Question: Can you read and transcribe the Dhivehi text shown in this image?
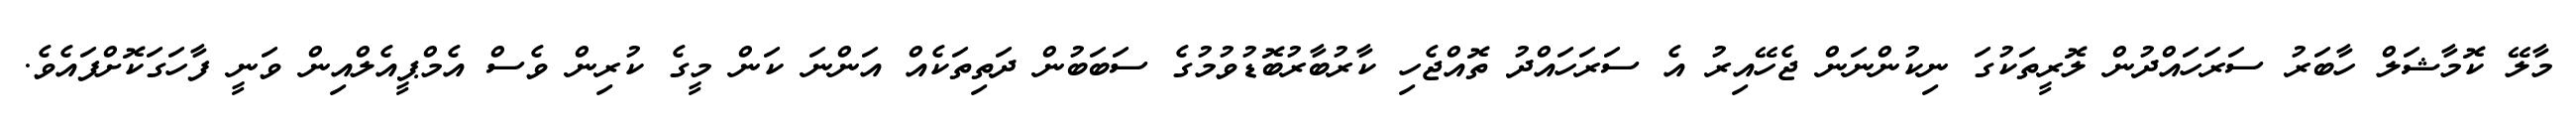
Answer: މާލޭ ކޮމާޝަލް ހާބަރު ސަރަހައްދުން ލޮރީތަކުގަ ނިކުންނަން ޖެހޭއިރު އެ ސަރަހައްދު ތޮއްޖެހި ކާރުބާރުބޮޑުވުމުގެ ސަބަބުން ދަތިތަކެއް އަންނަ ކަން މީގެ ކުރިން ވެސް އެމްޕީއެލްއިން ވަނީ ފާހަގަކޮށްފައެވެ.